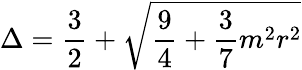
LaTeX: \Delta=\frac{3}{2}+\sqrt{\frac{9}{4}+\frac{3}{7}m^{2}r^{2}}